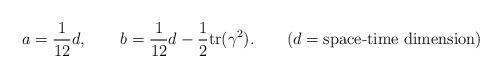
LaTeX: \begin{align*} a=\frac{1}{12}d, \qquad b=\frac{1}{12}d-\frac{1}{2}\textrm{tr}(\gamma ^2). \qquad (d=\textrm{space-time dimension})\end{align*}